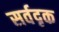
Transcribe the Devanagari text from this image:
सर्वदृक